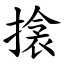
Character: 搇